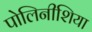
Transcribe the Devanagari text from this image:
पोलिनीशिया